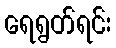
ရေရွတ်ရင်း